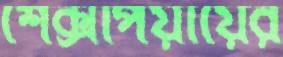
শেক্সপিয়ায়ের